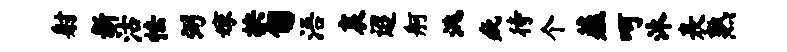
射新沽怯弼嫁抉匍浯哀迢舸洮疵待个薤呵沐表熟